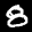
Label: 8